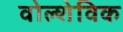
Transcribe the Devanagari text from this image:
वोल्शेविक